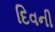
દિવની